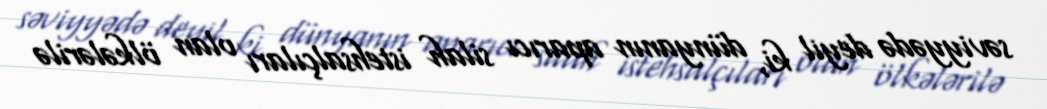
səviyyədə deyil ki, dünyanın aparıcı silah istehsalçıları olan ölkələrilə